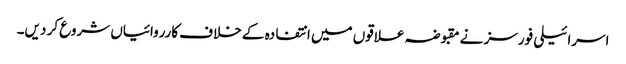
اسرائیلی فورسز نے مقبوضہ علاقوں میں انتفادہ کے خلاف کارروائیاں شروع کر دیں۔